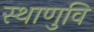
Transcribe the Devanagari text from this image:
स्थाणुवि